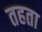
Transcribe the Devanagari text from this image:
तहता